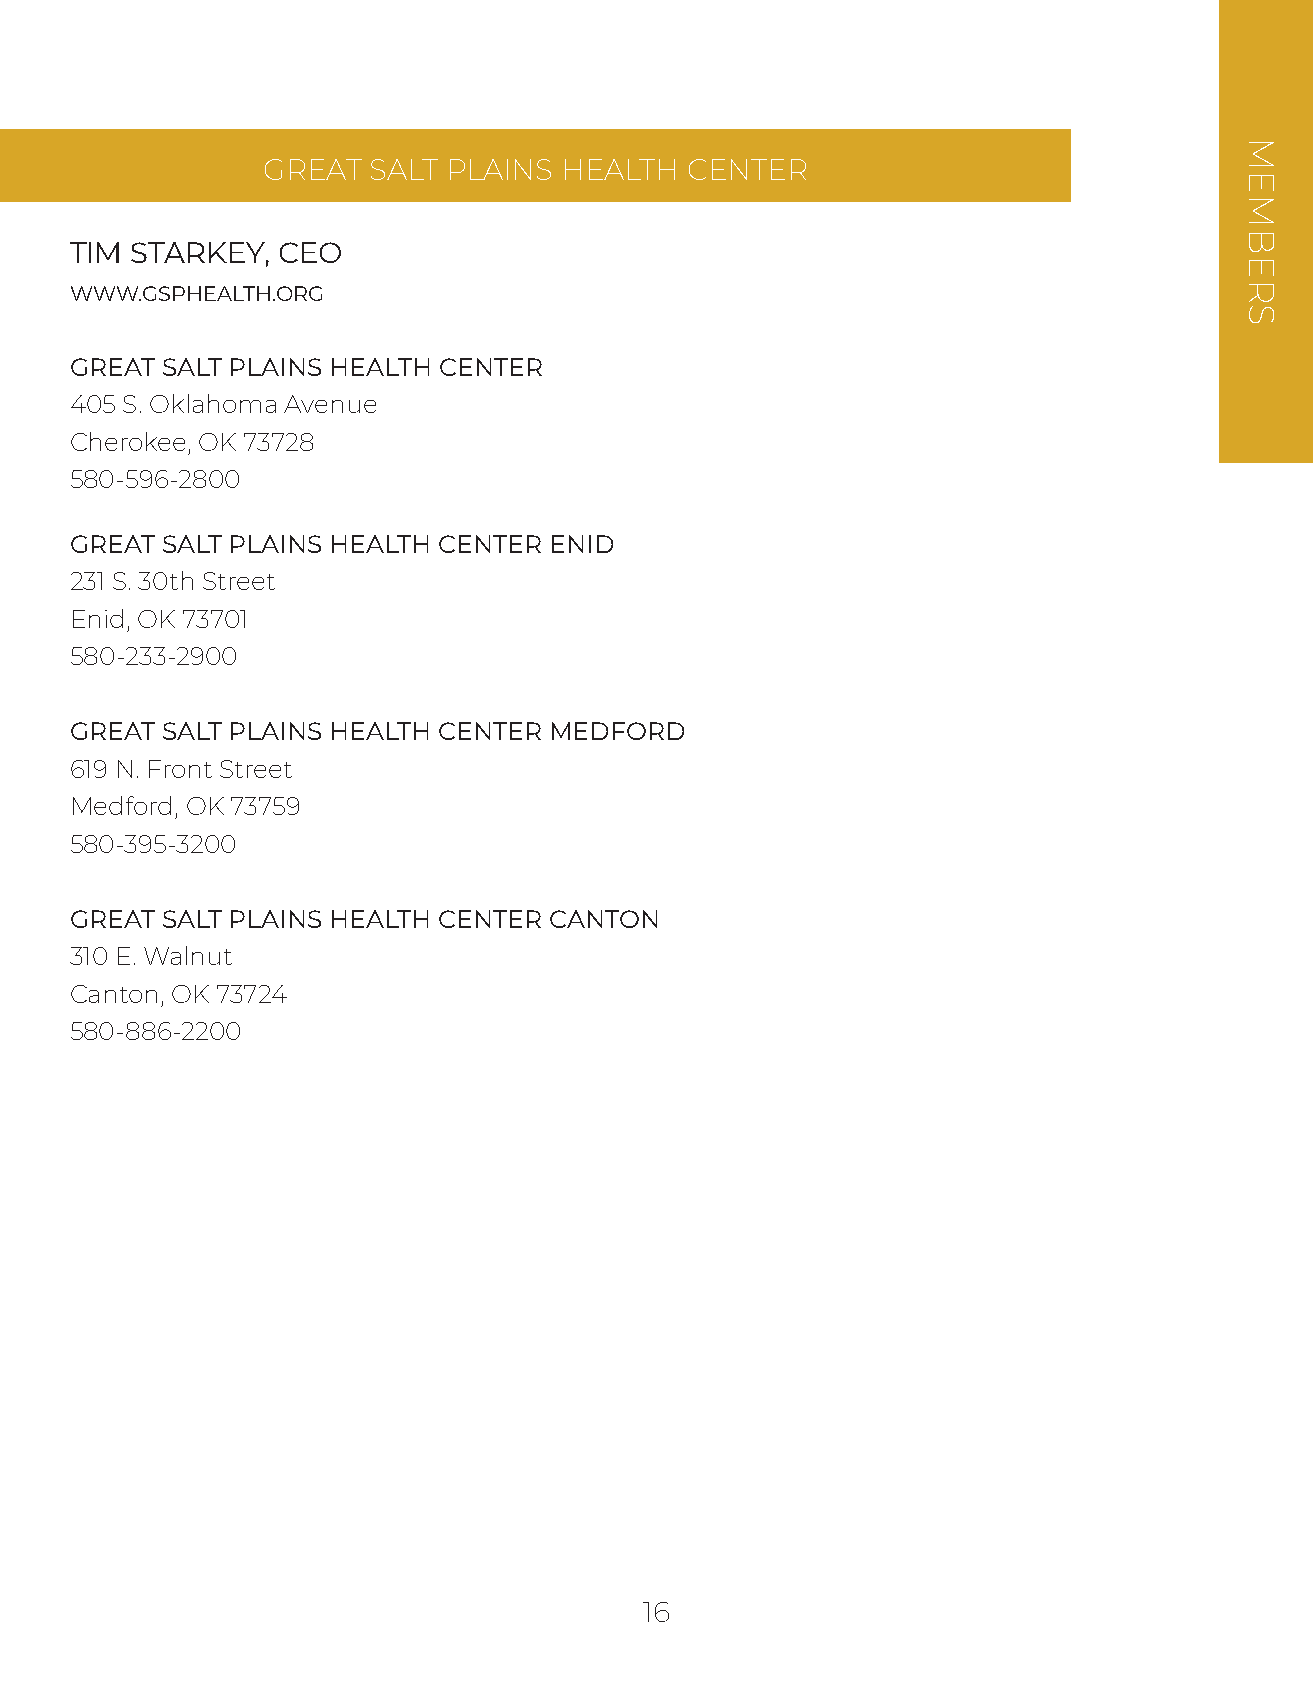
GREAT  SALT  PLAINS HEALTH  CENTER
 TIM STARKEY, CEO
 WWW.GSPHEALTH.ORG
 GREAT SALT PLAINS HEALTH CENTER
 405 S. Oklahoma Avenue
 Cherokee, OK 73728
 580-596-2800
 GREAT SALT PLAINS HEALTH CENTER ENID
 231 S. 30th Street
 Enid, OK 73701
 580-233-2900
 GREAT SALT PLAINS HEALTH CENTER MEDFORD
 619 N. Front Street
 Medford, OK 73759
 580-395-3200
 GREAT SALT PLAINS HEALTH CENTER CANTON
 310 E. Walnut
 Canton, OK 73724
 580-886-2200
 16
 MEMBERS